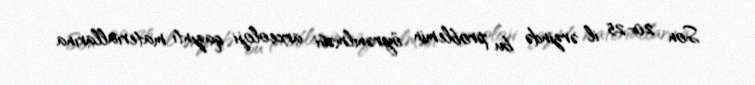
Son 20-25 il ərzində bu problemin öyrənilməsi arxeoloji qazıntı materiallarına